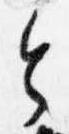
令